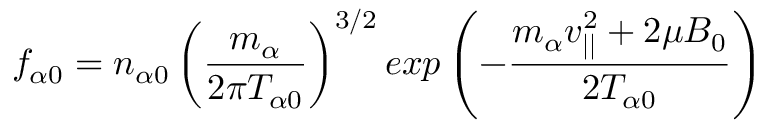
f _ { \alpha 0 } = n _ { \alpha 0 } \left( \frac { m _ { \alpha } } { 2 \pi T _ { \alpha 0 } } \right) ^ { 3 / 2 } e x p \left( - \frac { m _ { \alpha } v _ { | | } ^ { 2 } + 2 \mu B _ { 0 } } { 2 T _ { \alpha 0 } } \right)